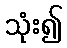
သုံး၍